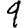
Digit: 9